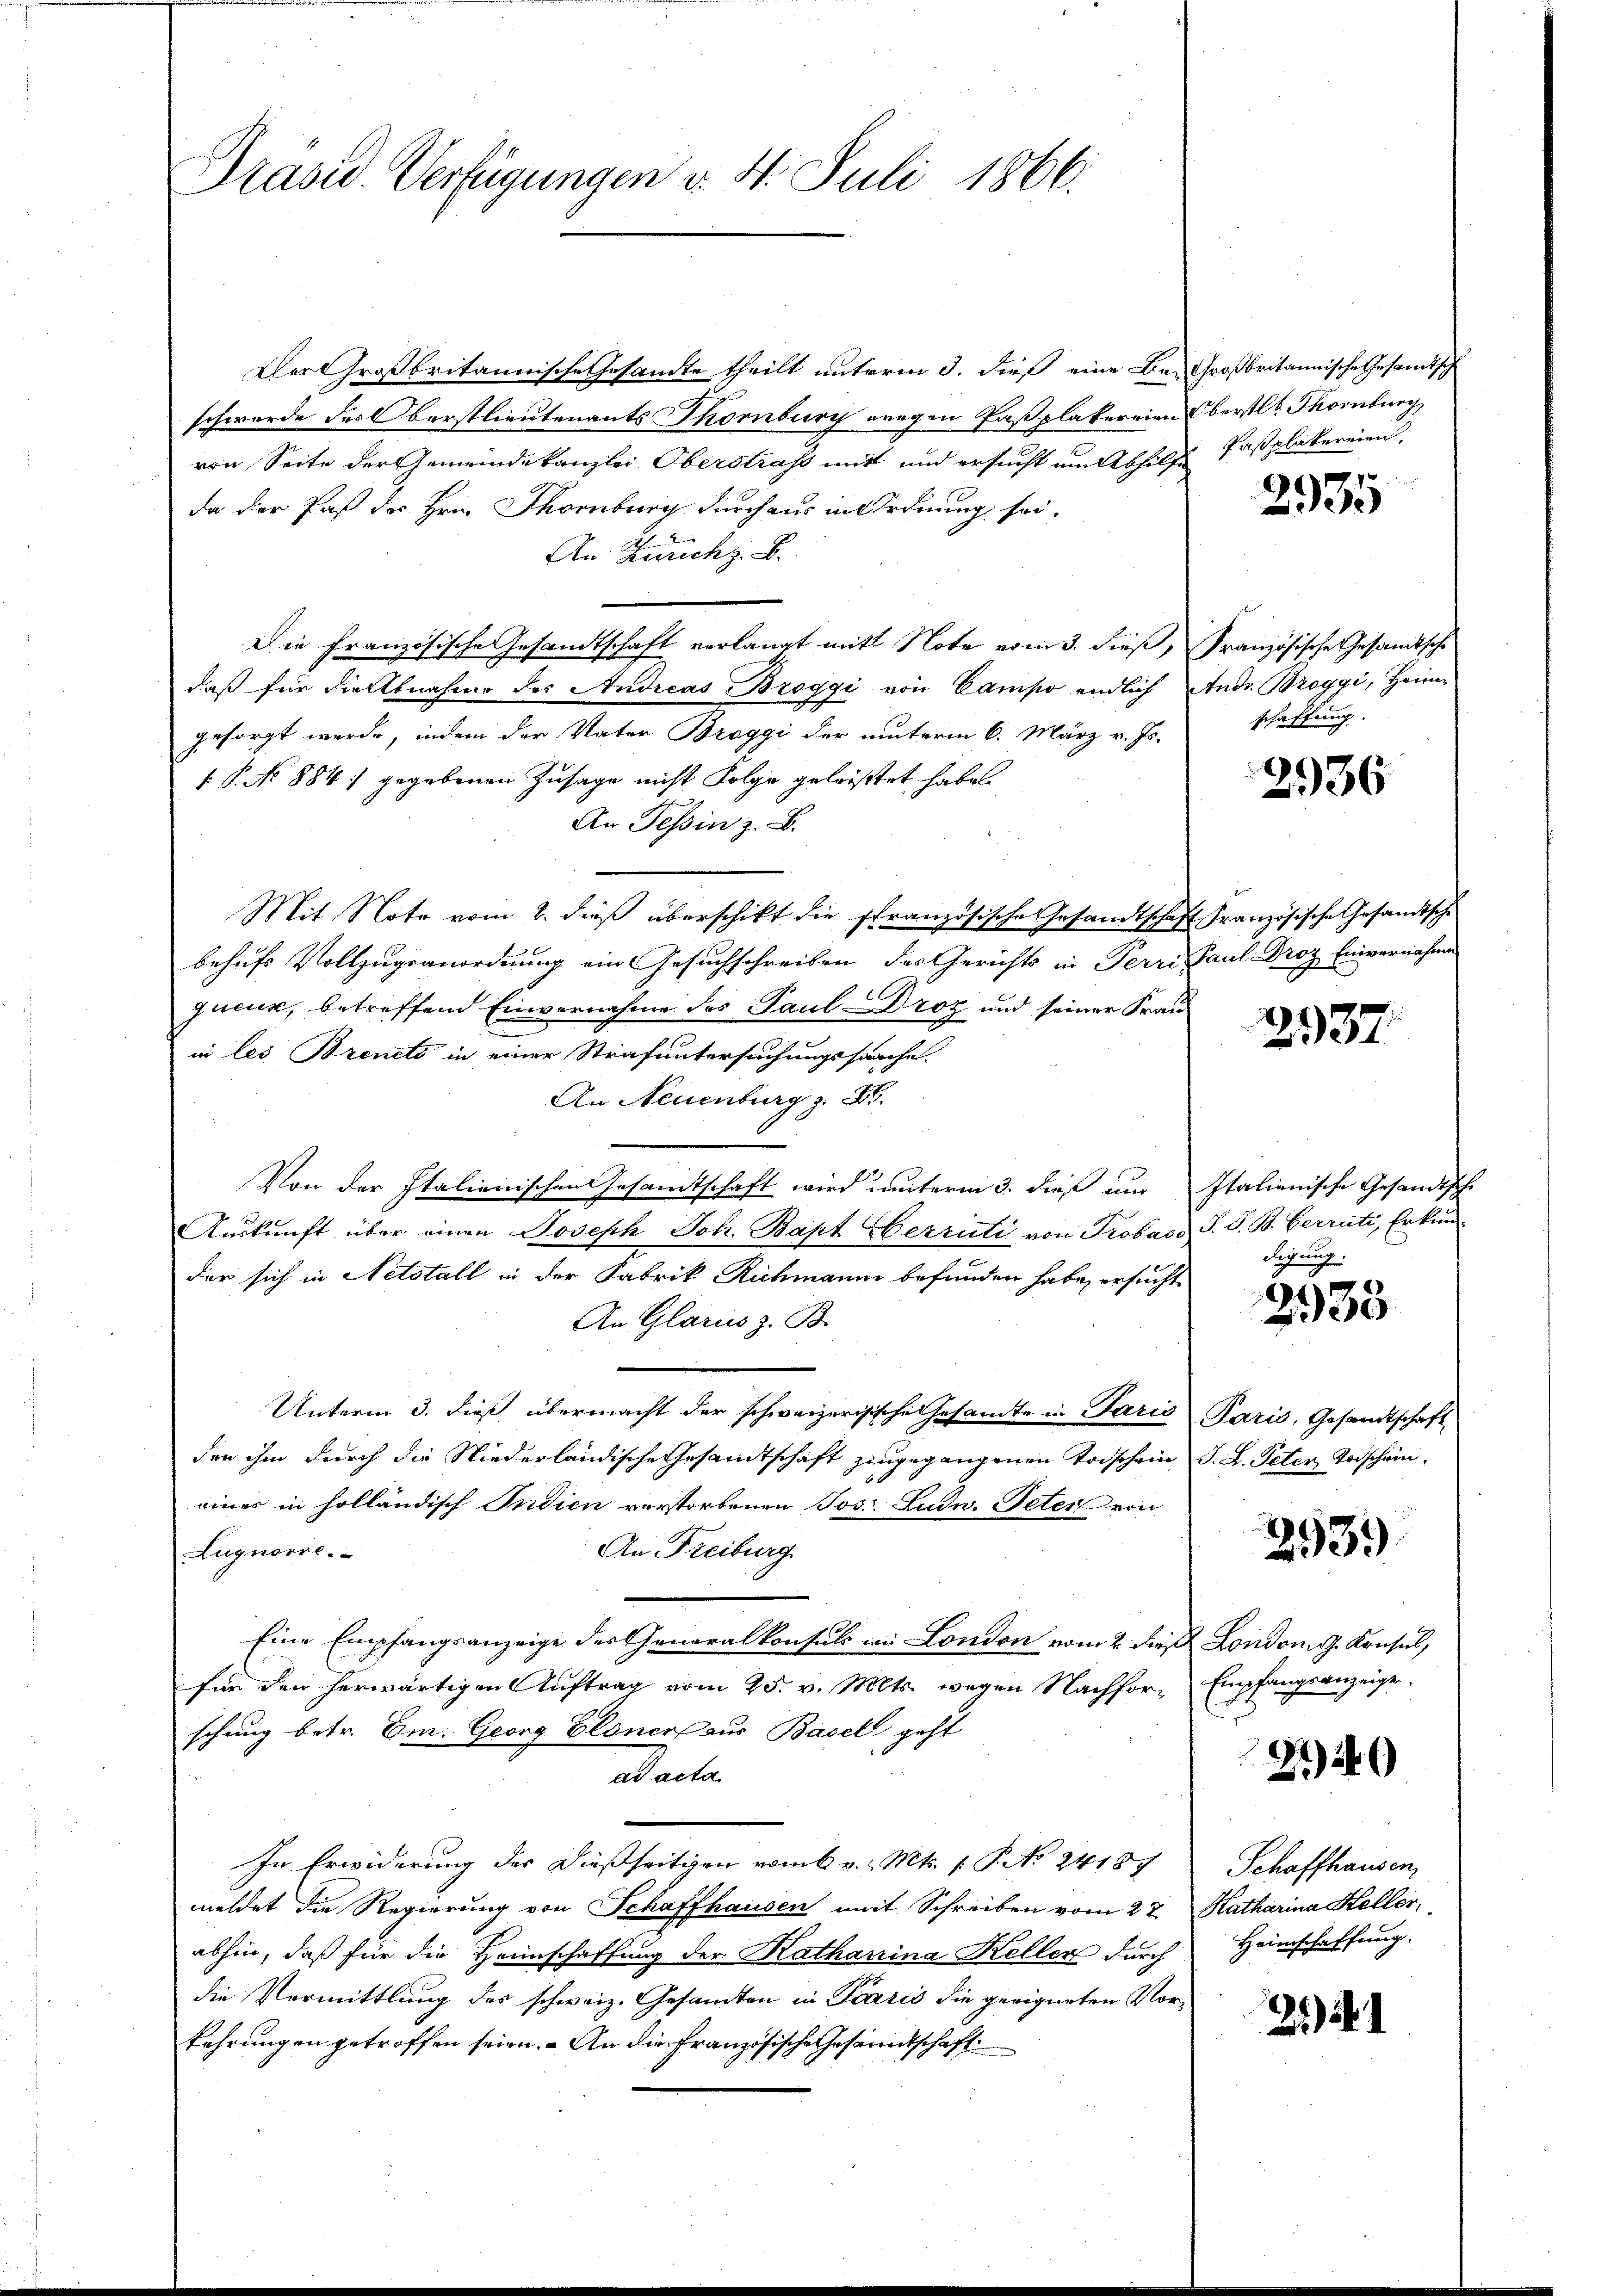
Präsid. Verfügungen v. St. Juli 1866.

Der Großbritannische Gesandte theilt unterm 3. dieß eine Be- Großbritannische Gesandtsch
schwerde des Oberstlieutenants Thornburg wegen Paßplakerren Oberstl. Thornburg
von Seite der Gemeindekanzlei Oberstraf mit und ersucht um Abhilfe
da der Paß des Hrn. Thornburg durch aus in Ordnung sei.
An Zürich z. B.
Die Französische Gesandtschaft verlangt mit Note vom 3. dieß, Französische Gesandtsche
daß für die Abnahme des Andreas Broggi von Campo endlich Andr. Broggi, Heimgesorgt werde, indem der Vater Breggi der unterm 6. März v. Js. schaffung
.P. No 884. gegebenen Zusage nicht Folge geleistet habe.
An Tessin z. B.
Mit Note vom 2. dieß überschikt die französische Gesandtschaft Französische Gesandtsche
behufs Vollzugranordnung ein Gesuchschreiben des Gerichts in Perri Paul Droz Einvernahme
queuk, betreffend Einvernahme des Paul Droz und seiner Frauin les Brents in einer Strafuntersuchungssache.
An Neuenburg z. B.
Von der Italienischen Gesamtschaft wird unterm 3. dieß um Italienische Gesandtsche
Auskunft über einen Joseph Joh. Bapt Oberrüti von Trobas P. V. B. Verrüti, Erkun
der sich in Netstall in der Fabrik Richmann befunden habe, ersucht
An Glarus z. B.
Unterm 3. dieß übermacht der schweizerisische Gesandte in Paris Paris, Gesandtschaft
den ihm durch die Niederländische Gesandtschaft hingegangenen Todschein J. L. Peten Todscheineines in holländisch Indien vorstorbenen Jos. Ludn. Peter von
An Freiburg
Lugnarre.
Eine Empfangsanzeige des Generalkonsuls in London vom 2. dieß Londom g. Konsul,
für den herwärtigen Auftrag vom 25. v. Mts. wegen Nachfor Empfangsanzeige
schung betr. Em. Georg Eloner aus Basel geht
ad acta
In Erwiderung der dießseitigen vom 6 v. Mts. [ P. No 24187
meldet die Regierung von Schaffhausen mit Schreiben vom 28. Katharina Heller,
abhin, daß für die Heimschaffung der Katharina Keller durch
die Vermittlung des schweiz. Gesandten in Paris die geeigneten Vorkehrungen getroffen seien. – An die französische Gesandtschaft

Pasplakereien.

7
293.

2936

2937.

digung.

2538

2939

22)

Schaffhausen,
Heimschaffung.

2).